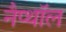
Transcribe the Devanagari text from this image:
नैप्थॉल